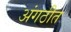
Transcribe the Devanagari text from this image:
अंगठीत